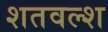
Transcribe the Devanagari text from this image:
शतवल्श